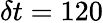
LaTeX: \delta t=120